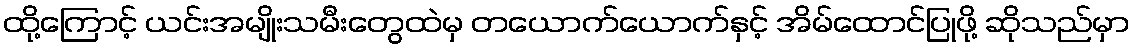
ထို့ကြောင့် ယင်းအမျိုးသမီးတွေထဲမှ တယောက်ယောက်နှင့် အိမ်ထောင်ပြုဖို့ ဆိုသည်မှာ